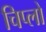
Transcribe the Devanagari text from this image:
चिप्लो